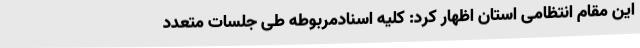
این مقام انتظامی استان اظهار کرد: کلیه اسنادمربوطه طی جلسات متعدد